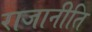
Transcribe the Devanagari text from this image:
राजानीति